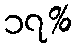
၁၇%